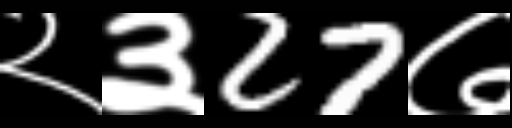
Text: २३27७